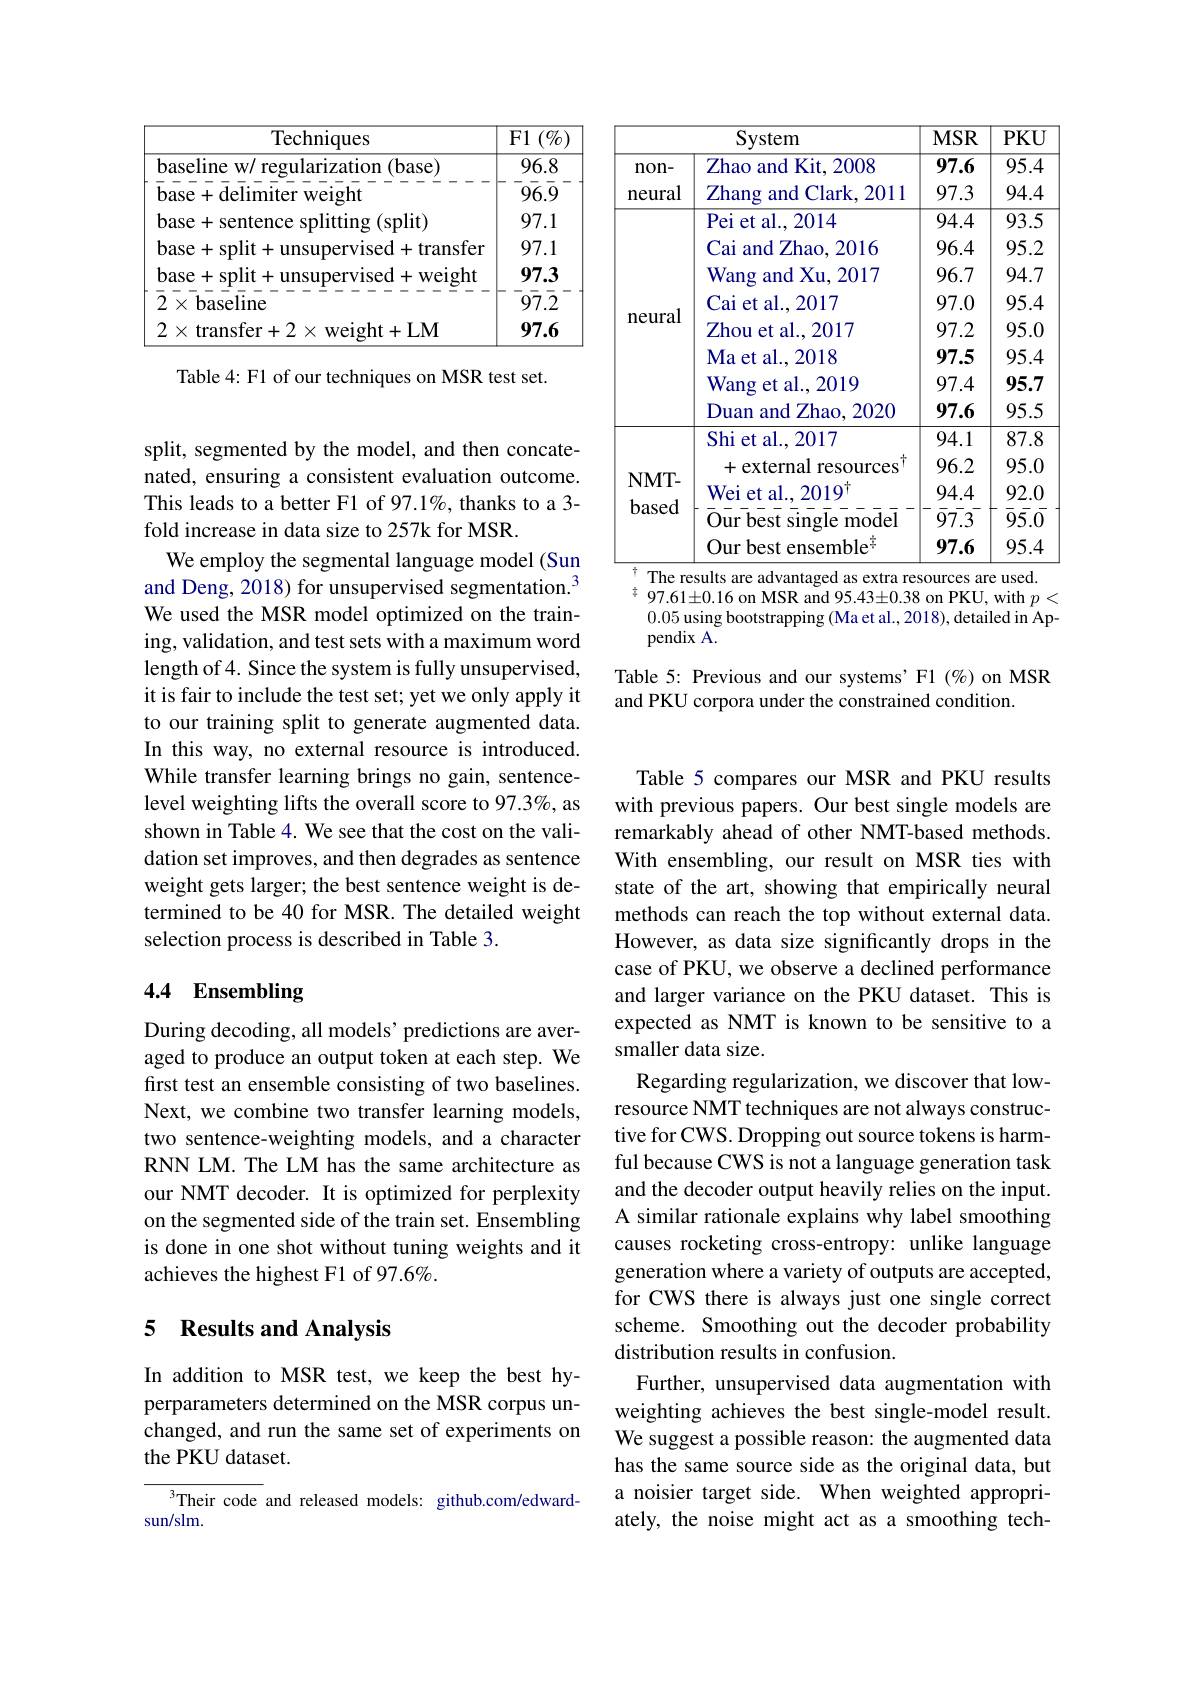
<table>
	<tbody>
		<tr>
			<th> </th>
			<th>System</th>
			<th>$MSR$</th>
			<th>$PKU$</th>
		</tr>
		<tr>
			<td>non- </td>
			<td>Zhao and Kit, 2008</td>
			<td>97.6</td>
			<td>95.4</td>
		</tr>
		<tr>
			<td>neural</td>
			<td>Zhang a and Clark, 2011 1</td>
			<td>97.3</td>
			<td>94.4</td>
		</tr>
		<tr>
			<td rowspan="8">neural</td>
			<td>Pei et al. , 2014</td>
			<td>94.4</td>
			<td>93.5</td>
		</tr>
		<tr>
			<td>Cai iand 1 Zhao, 2016 </td>
			<td>96.4</td>
			<td>95.2</td>
		</tr>
		<tr>
			<td>Wang and Xu, 2017</td>
			<td>96.7</td>
			<td>94.7</td>
		</tr>
		<tr>
			<td>Cai et al. , 2017</td>
			<td>97.0</td>
			<td>95.4</td>
		</tr>
		<tr>
			<td>Zhou et al., 2017</td>
			<td>97.2</td>
			<td>95.0</td>
		</tr>
		<tr>
			<td>Ma et al. , 2018</td>
			<td>97.5</td>
			<td>95.4</td>
		</tr>
		<tr>
			<td>Wang et al., 2019</td>
			<td>97.4</td>
			<td>95.7</td>
		</tr>
		<tr>
			<td>Duan $D$ and $Z$hao, 2020</td>
			<td>97.6</td>
			<td>95.5</td>
		</tr>
		<tr>
			<td rowspan="5">$\mathbf{NMT-}$ based</td>
			<td>Shi et al., 2017</td>
			<td>94.1</td>
			<td>87.8</td>
		</tr>
		<tr>
			<td>+external resources</td>
			<td>96.2</td>
			<td>95.0</td>
		</tr>
		<tr>
			<td>Wei et al. . 2019</td>
			<td>94.4</td>
			<td>92.0</td>
		</tr>
		<tr>
			<td>Our best single model</td>
			<td>$\bar{9}\bar{7}.\bar{3}$</td>
			<td>$\bar{9}\bar{5}.\bar{0}$</td>
		</tr>
		<tr>
			<td>Our best ensemble $\therefore\frac{1}{2}$ 1</td>
			<td>97.6</td>
			<td>95.4</td>
		</tr>
	</tbody>
</table>
$\frac{7}{4}$ 97.61±0.16 on MSR and 95.43±0.38 on PKU, with $p<$

0.05 using bootstrapping (Ma et al.,2018), detailed in Ap-
${\mathrm{pendix~A.}}^{c}$

Table 5: Previous and our systems'F1 (%) on MSR
and PKU corpora under the constrained condition.

$\overline{{\text{Techniques}}}$

$\underline{\overline{\text{F1}(\%)}}$

$\overline{96.8}$

baseline w/ regularization (base)

$\bar{96}\bar{9}^-$

$\bar{\mathrm{base}}+\bar{\mathrm{delimiter~weight}}$

97.1

base+ sentence splitting (split)

97.1

base+split+unsupervised+transfer

97.3

base+ split+ unsupervised+ weight

$\bar{97}\bar{2}$

$\bar{2}^{---\bar{b}\text{aseline}}^{--\bar{b}\text{aseline}}$

97.6

$2\times$ transfer$+2\times$weight+LM

Table 4: F1 of our techniques on MSR test set.

split, segmented by the model, and then concatenated, ensuring a consistent evaluation outcome. This leads to a better F1 of 97.1%, thanks to a 3- fold increase in data size to 257k for MSR
We employ the segmental language model (Sun and Deng, 2018) for unsupervised segmentation.$^{3}$ We used the MSR model optimized on the training, validation, and test sets with a maximum word length of 4. Since the system is fully unsupervised, it is fair to include the test set; yet we only apply it to our training split to generate augmented data. In this way, no external resource is introduced. While transfer learning brings no gain, sentencelevel weighting lifts the overall score to 97.3%, as shown in Table 4. We see that the cost on the validation set improves, and then degrades as sentence weight gets larger; the best sentence weight is determined to be 40 for MSR. The detailed weight selection process is described in Table 3.

# 4.4 Ensembling

During decoding, all models' predictions are averaged to produce an output token at each step. We first test an ensemble consisting of two baselines. Next, we combine two transfer learning models, two sentence-weighting models, and a character RNN LM. The LM has the same architecture as our NMT decoder. It is optimized for perplexity on the segmented side of the train set. Ensembling is done in one shot without tuning weights and it achieves the highest F1 of 97.6%.

## 5 Results and Analysis

In addition to MSR test, we keep the best hyperparameters determined on the MSR corpus unchanged, and run the same set of experiments on the PKU dataset.

$^3$Their code and released models: github.com/edward-
sun/slm.

Table 5 compares our MSR and PKU results with previous papers. Our best single models are remarkably ahead of other NMT-based methods. With ensembling, our result on MSR ties with state of the art, showing that empirically neural methods can reach the top without external data. However, as data size significantly drops in the case of PKU, we observe a declined performance and larger variance on the PKU dataset. This is expected as NMT is known to be sensitive to a smaller data size.
Regarding regularization, we discover that lowresource NMT techniques are not always constructive for CWS. Dropping out source tokens is harmful because CWS is not a language generation task and the decoder output heavily relies on the input. A similar rationale explains why label smoothing causes rocketing cross-entropy: unlike language generation where a variety of outputs are accepted, for CWS there is always just one single correct scheme. Smoothing out the decoder probability distribution results in confusion.
Further, unsupervised data augmentation with weighting achieves the best single-model result. We suggest a possible reason: the augmented data has the same source side as the original data, but a noisier target side. When weighted appropriately, the noise might act as a smoothing tech-